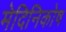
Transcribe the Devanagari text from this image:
मेदिनिकोष